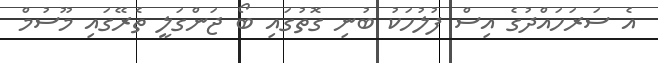
އެ ސަރަހައްދުގެ އިސް ފުލުހަކު ބުނި ގޮތުގައި ބޯ ޖަންގަލީ ތެރޭގައި މޫސުމް